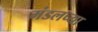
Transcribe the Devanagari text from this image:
मंडलच्या